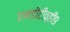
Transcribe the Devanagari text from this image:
एनडीटीव्ही९